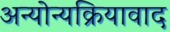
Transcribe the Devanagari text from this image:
अन्योन्यक्रियावाद